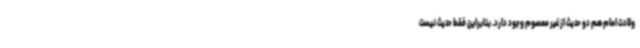
ولادت امام هم دو حدیث از غیر معصوم وجود دارد. بنابراین فقط حدیث نیست